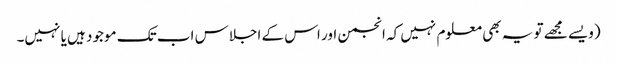
(ویسے مجھے تو یہ بھی معلوم نہیں کہ انجمن اور اس کے اجلاس اب تک موجود ہیں یا نہیں۔